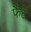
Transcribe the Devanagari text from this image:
फैंटे